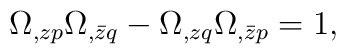
\Omega_{,zp} \Omega_{,\bar z q} - \Omega_{,zq}\Omega_{,\bar zp} = 1,